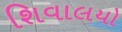
શિવાલયો